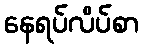
နေရပ်လိပ်စာ